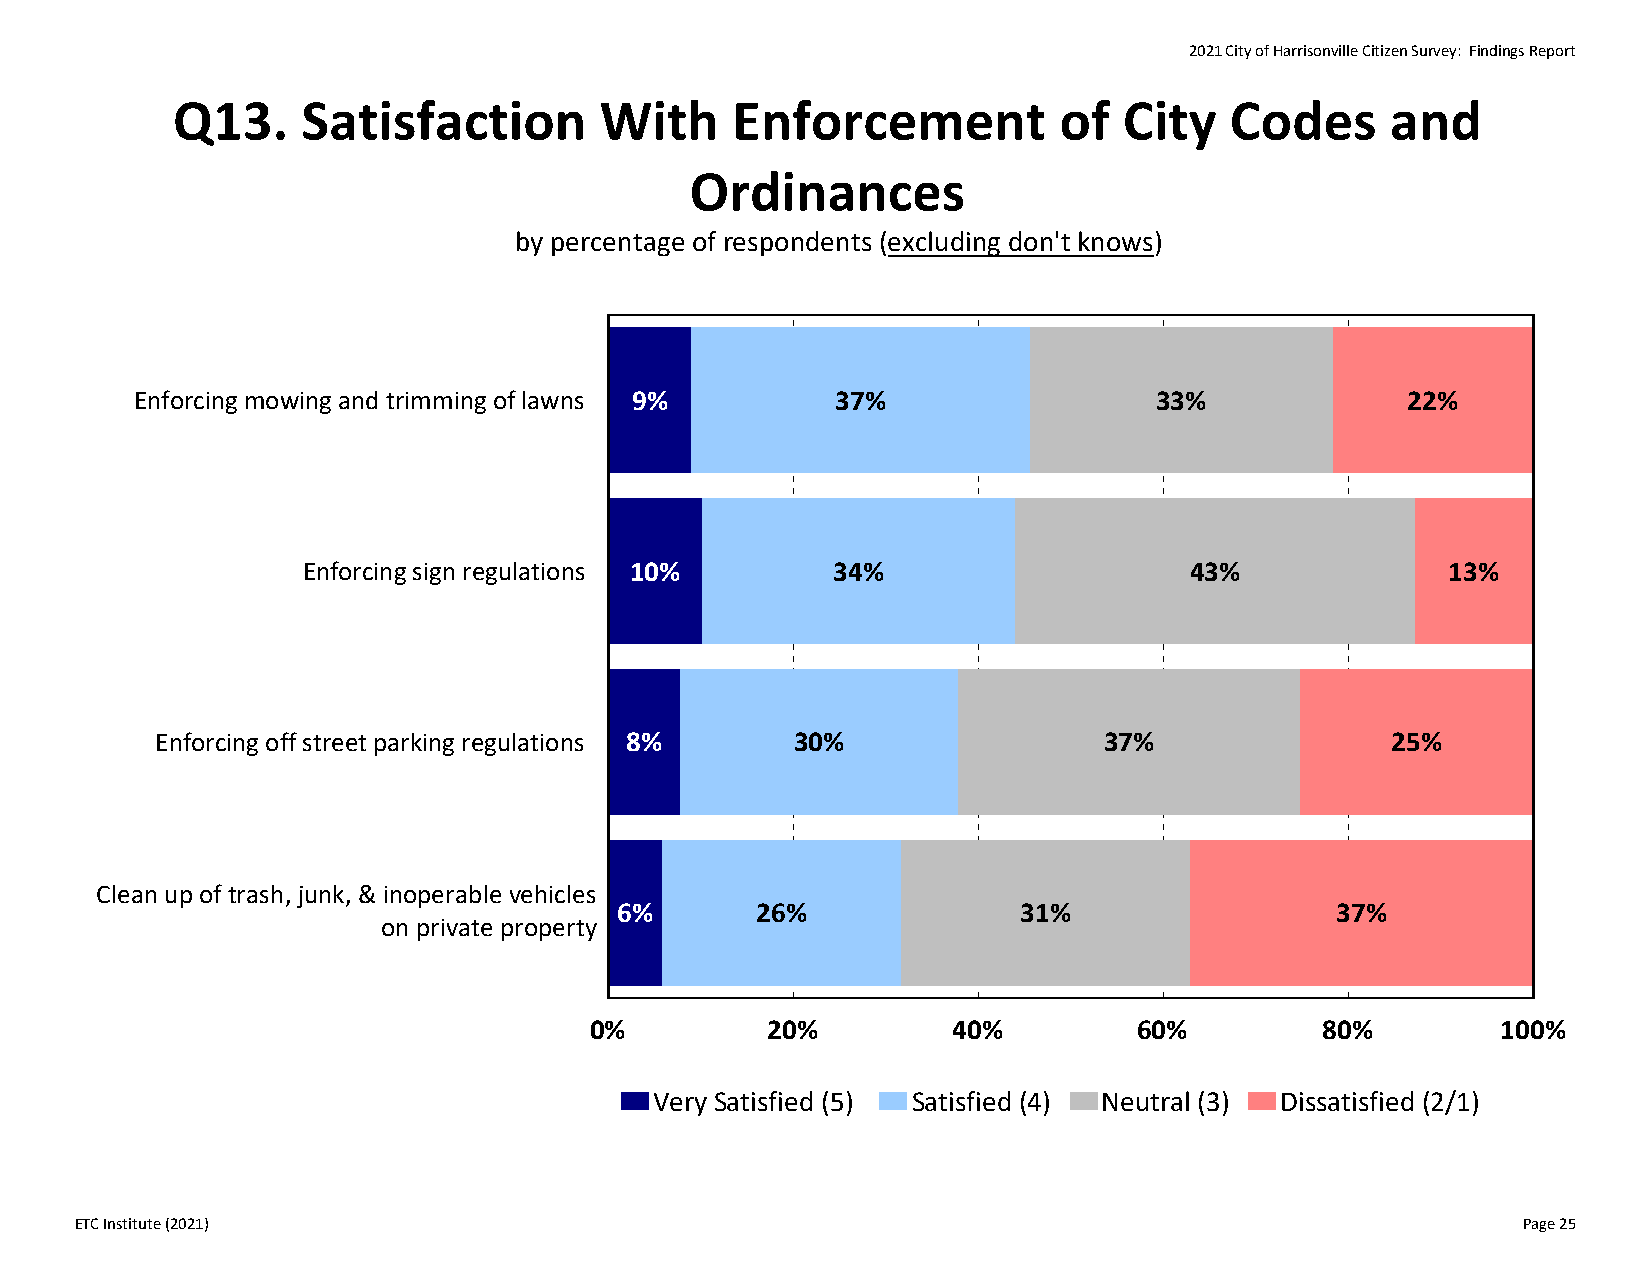
2021 City of Harrisonville Citizen Survey: Findings Report
 Q13.     Satisfaction        With    Enforcement           of  City   Codes      and
 Ordinances
 by percentage of respondents (excluding don't knows)
 Enforcing mowing and trimming of lawns 9%     37%                  33%              22%
 Enforcing sign regulations 10%     34%                     43%              13%
 Enforcing off street parking regulations 8% 30%                37%                25%
 Clean up of trash, junk, & inoperable vehicles
 6%       26%               31%                 37%
 on private property
 0%          20%         40%         60%          80%        100%
 Very Satisfied (5) Satisfied (4) Neutral (3) Dissatisfied (2/1)
 ETC Institute (2021)                                                                            Page 25